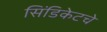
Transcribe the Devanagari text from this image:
सिंडिकेटचे